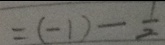
= ( - 1 ) - \frac { 1 } { 2 }